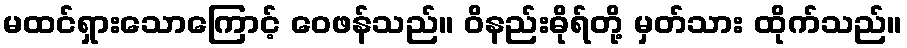
မထင်ရှားသောကြောင့် ဝေဖန်သည်။ ဝိနည်းဓိုရ်တို့ မှတ်သား ထိုက်သည်။